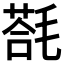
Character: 𣯈